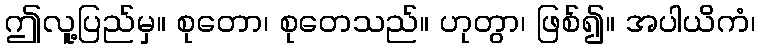
ဤလူ့ပြည်မှ။ စုတော၊ စုတေသည်။ ဟုတွာ၊ ဖြစ်၍။ အပါယိကံ၊